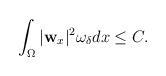
\begin{align*} &\int_\Omega|\mathbf{w}_x|^2 \omega_\delta dx \leq C. \end{align*}